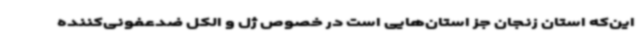
این‌که استان زنجان جز استان‌هایی است در خصوص ژل و الکل ضدعفونی‌کننده